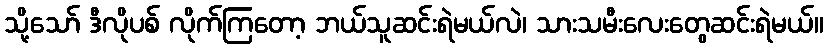
သို့သော် ဒီလိုပစ် လိုက်ကြတော့ ဘယ်သူဆင်းရဲမယ်လဲ၊ သားသမီးလေးတွေဆင်းရဲမယ်။